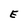
Character: E